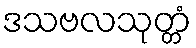
ဒသဗလသုတ္တံ